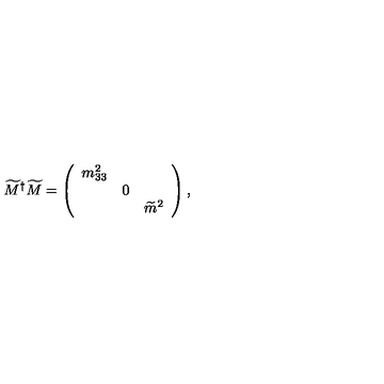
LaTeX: \widetilde { M } ^ { \dagger } \widetilde { M } = \left( \begin{array} { r c l } { m _ { 3 3 } ^ { 2 } } & { } & { } \\ { } & { 0 } & { } \\ { } & { } & { \widetilde { m } ^ { 2 } } \\ \end{array} \right) ,